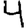
Digit: 4